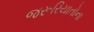
જરૂરિયાતોના